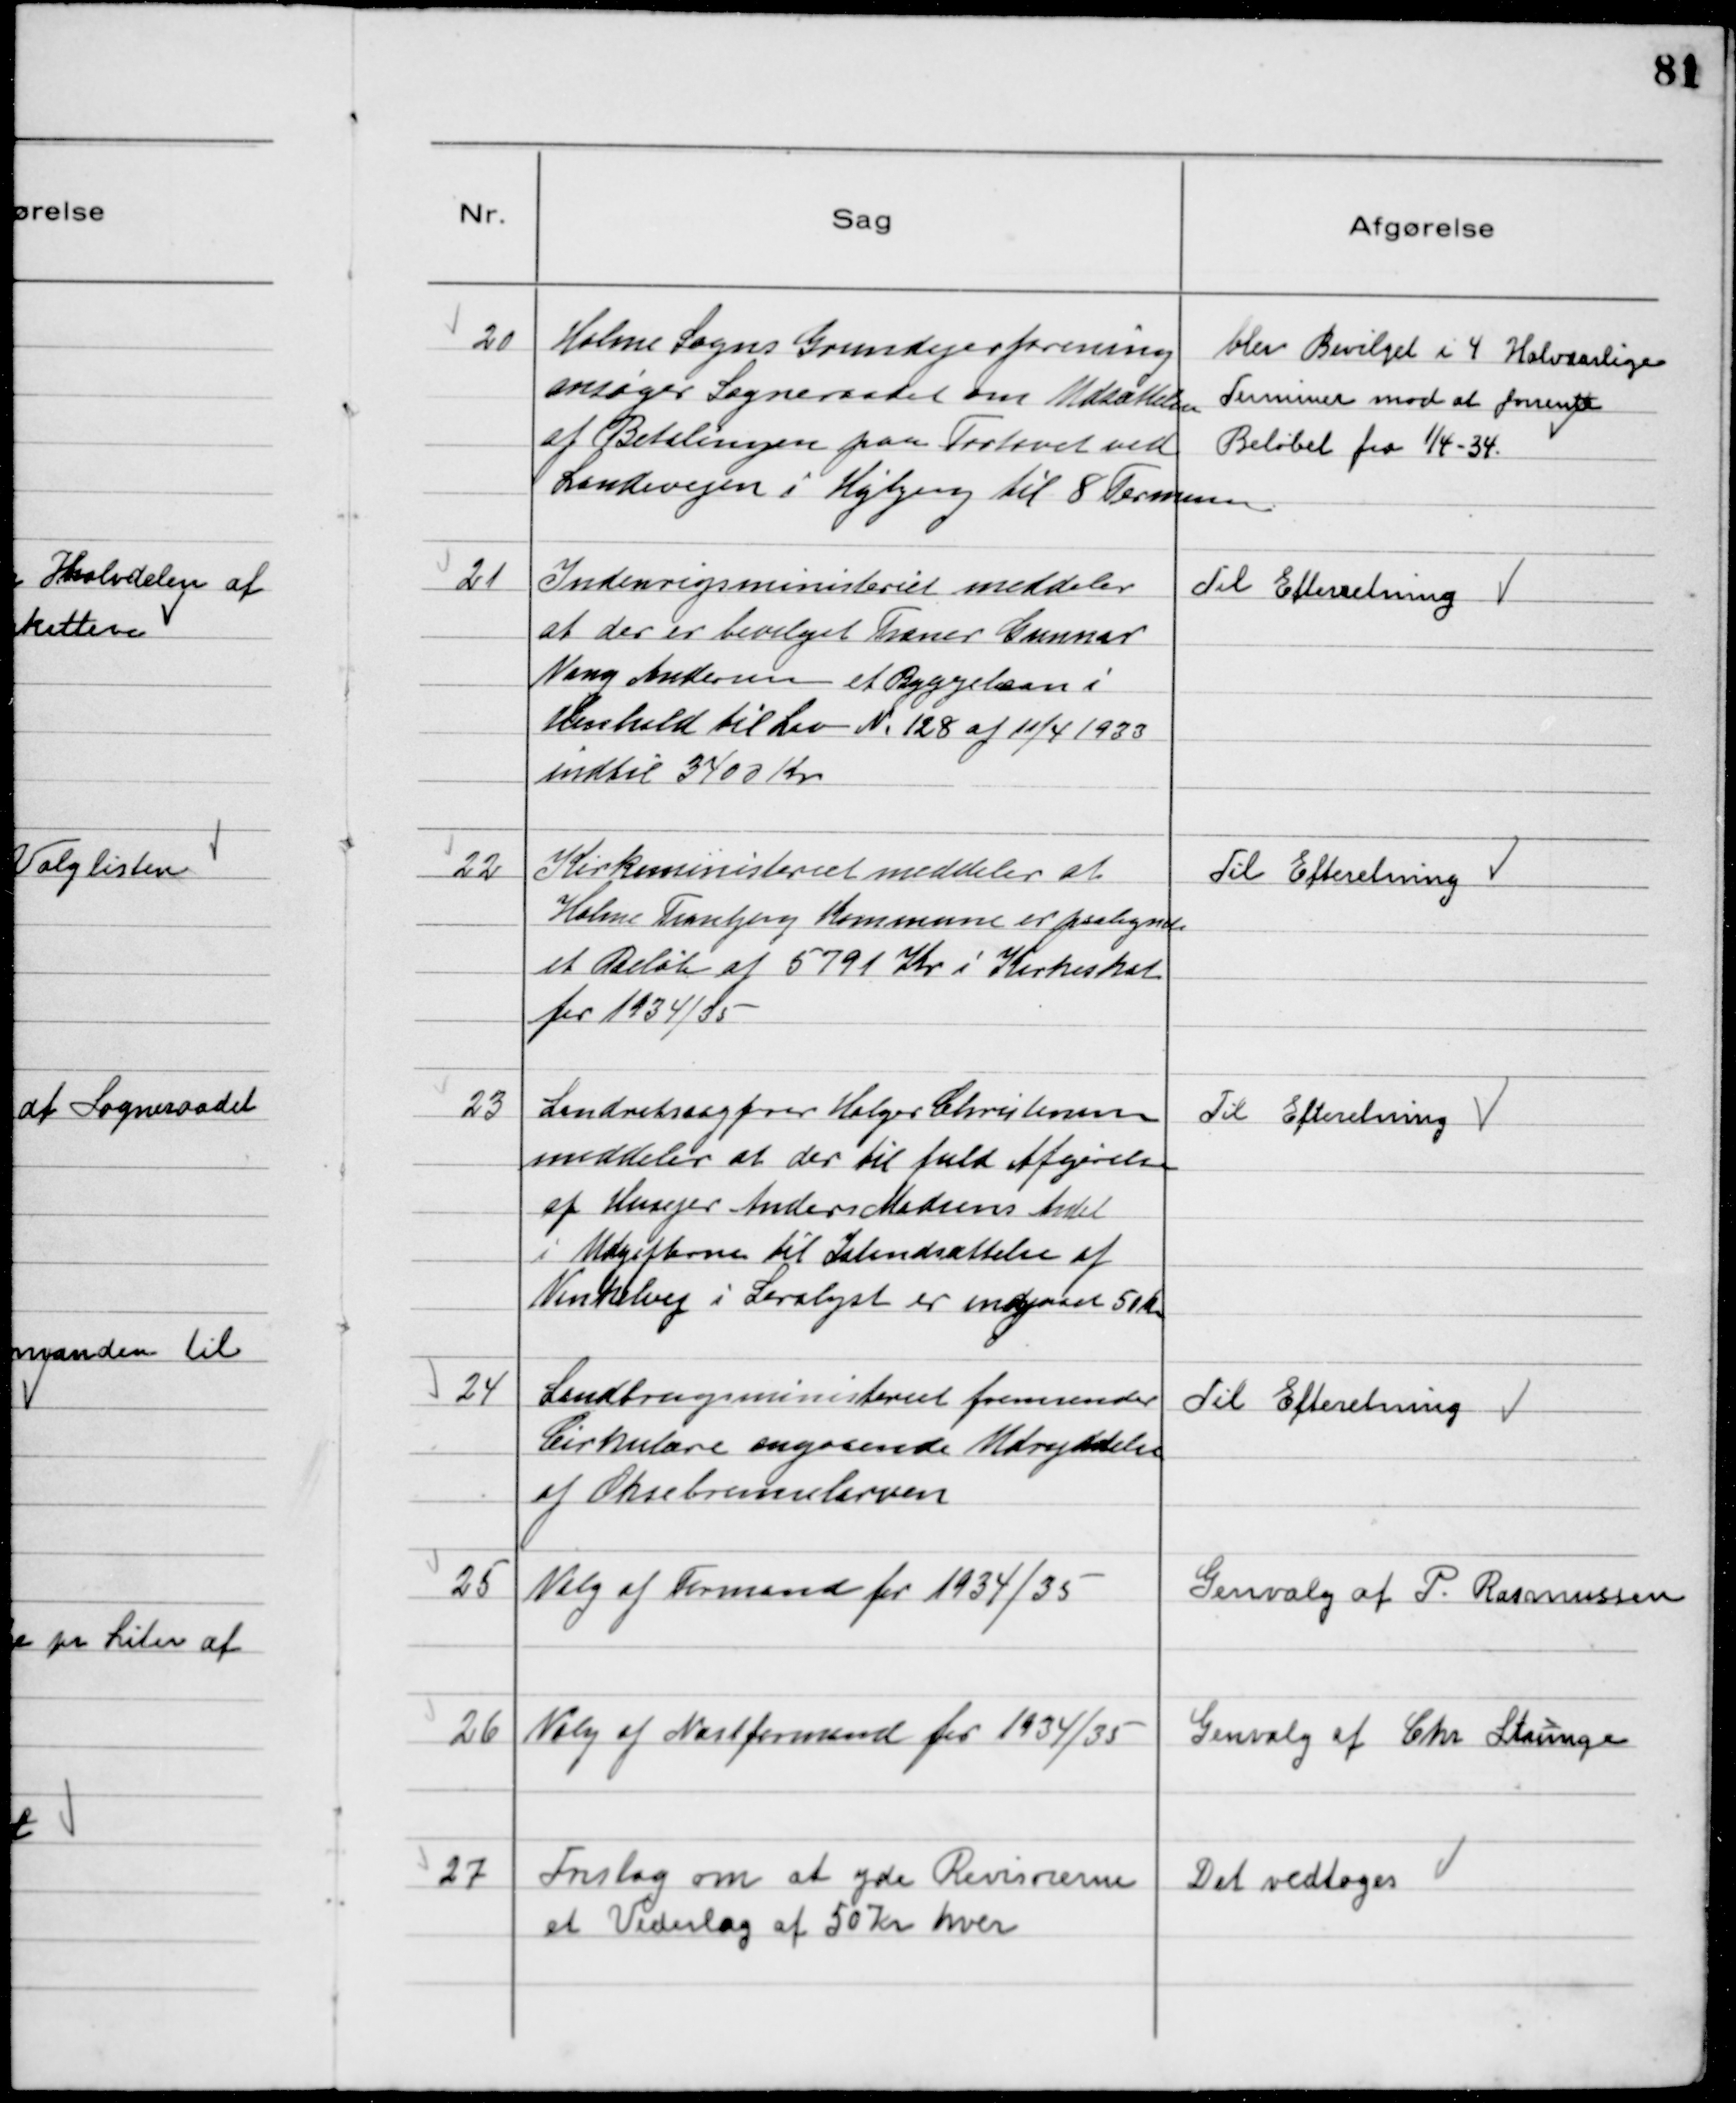
Transskription:
20
Holme Sogns Grundejerforening
ansøger Sogneraadet om Udsættelse
af Betalingen paa Fortovet ved
Landevejen i Højbjerg til 8 Terminer

blev Bevilget i 4 Halvaarlige
Terminer mod at forrente
Beløbet fra 1/4-34.

21
Indenrigsministeriet meddeler
at der er bevilget Træner Gunnar
Vang Andersen et Byggelaan i
Henhold til Lov №128 af 11/4 1933
indtil 3400 Kr

Til Efterretning

22
Kirkeministeriet meddeler at
Holme Tranbjerg Kommune er paalignede
et Beløb af 5791 Kr i Kirkeskat
for 1934/35

Til Efteretning

23
Landretsagfører Holger Christensen
meddeler at der til fuld Afgivelse
af Husejer Anders Madsens Andel
i Udgifterne til Istandsættelse af
Vinkelvej i Saralyst er indgaaet 50 kr

Til Efteretning

24
Landbrugsministeriet fremsender
Cirkulære angaaende Udryddelse
af Oksebremselarven

Til Efteretning

25
Valg af Formand for 1934/35

Genvalg af P. Rasmussen

26
Valg af Næstformand for 1934/35

Genvalg af Chr Strunge

27
Forslag om at yde Revisorerne
et Vederlag af 50 Kr hver

Det vedtoges